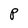
Character: P